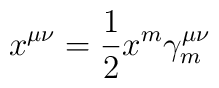
x^{\mu\nu} = \frac{1}{2} x^m \gamma^{\mu\nu}_m